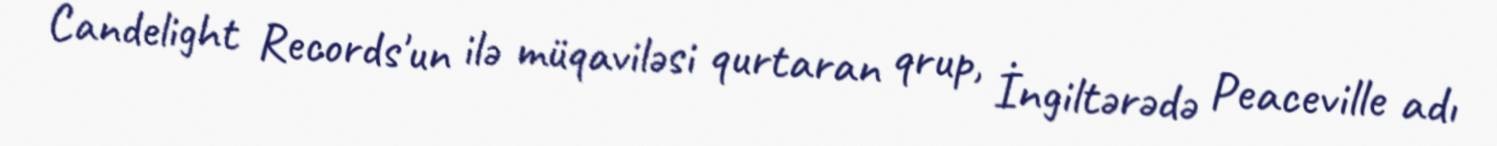
Candelight Records'un ilə müqaviləsi qurtaran qrup, İngiltərədə Peaceville adı